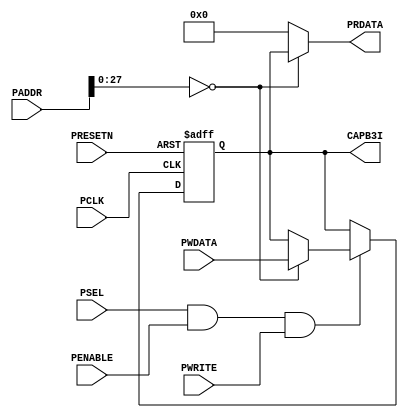
module
CAPB3O
(
PCLK
,
PRESETN
,
PENABLE
,
PSEL
,
PADDR
,
PWRITE
,
PWDATA
,
PRDATA
,
CAPB3I
)
;
parameter
[
5
:
0
]
APB_DWIDTH
=
32
;
parameter
[
5
:
0
]
MADDR_BITS
=
32
;
input
PCLK
;
input
PRESETN
;
input
PENABLE
;
input
PSEL
;
input
[
31
:
0
]
PADDR
;
input
PWRITE
;
input
[
31
:
0
]
PWDATA
;
output
[
31
:
0
]
PRDATA
;
output
[
31
:
0
]
CAPB3I
;
reg
[
31
:
0
]
PRDATA
;
reg
[
31
:
0
]
CAPB3I
;
always
@
(
posedge
PCLK
or
negedge
PRESETN
)
begin
if
(
!
PRESETN
)
begin
CAPB3I
<=
32
'b
0
;
end
else
begin
if
(
PSEL
&&
PENABLE
&&
PWRITE
)
begin
if
(
APB_DWIDTH
==
32
)
begin
if
(
PADDR
[
MADDR_BITS
-
4
-
1
:
0
]
==
{
MADDR_BITS
-
4
{
1
'b
0
}
}
)
begin
CAPB3I
<=
PWDATA
;
end
end
if
(
APB_DWIDTH
==
16
)
begin
if
(
PADDR
[
MADDR_BITS
-
4
-
1
:
4
]
==
{
MADDR_BITS
-
4
-
4
{
1
'b
0
}
}
)
begin
case
(
PADDR
[
3
:
0
]
)
4
'b
0000
:
CAPB3I
[
15
:
0
]
<=
PWDATA
[
15
:
0
]
;
4
'b
0100
:
CAPB3I
[
31
:
16
]
<=
PWDATA
[
15
:
0
]
;
4
'b
1000
:
CAPB3I
<=
CAPB3I
;
4
'b
1100
:
CAPB3I
<=
CAPB3I
;
endcase
end
end
if
(
APB_DWIDTH
==
8
)
begin
if
(
PADDR
[
MADDR_BITS
-
4
-
1
:
4
]
==
{
MADDR_BITS
-
4
-
4
{
1
'b
0
}
}
)
begin
case
(
PADDR
[
3
:
0
]
)
4
'b
0000
:
CAPB3I
[
7
:
0
]
<=
PWDATA
[
7
:
0
]
;
4
'b
0100
:
CAPB3I
[
15
:
8
]
<=
PWDATA
[
7
:
0
]
;
4
'b
1000
:
CAPB3I
[
23
:
16
]
<=
PWDATA
[
7
:
0
]
;
4
'b
1100
:
CAPB3I
[
31
:
24
]
<=
PWDATA
[
7
:
0
]
;
endcase
end
end
end
end
end
always
@(*)
begin
PRDATA
=
32
'b
0
;
if
(
APB_DWIDTH
==
32
)
begin
if
(
PADDR
[
MADDR_BITS
-
4
-
1
:
0
]
==
{
MADDR_BITS
-
4
{
1
'b
0
}
}
)
begin
PRDATA
=
CAPB3I
;
end
end
if
(
APB_DWIDTH
==
16
)
begin
if
(
PADDR
[
MADDR_BITS
-
4
-
1
:
4
]
==
{
MADDR_BITS
-
4
-
4
{
1
'b
0
}
}
)
begin
case
(
PADDR
[
3
:
0
]
)
4
'b
0000
:
PRDATA
[
15
:
0
]
=
CAPB3I
[
15
:
0
]
;
4
'b
0100
:
PRDATA
[
15
:
0
]
=
CAPB3I
[
31
:
16
]
;
4
'b
1000
:
PRDATA
=
32
'b
0
;
4
'b
1100
:
PRDATA
=
32
'b
0
;
endcase
end
end
if
(
APB_DWIDTH
==
8
)
begin
if
(
PADDR
[
MADDR_BITS
-
4
-
1
:
4
]
==
{
MADDR_BITS
-
4
-
4
{
1
'b
0
}
}
)
begin
case
(
PADDR
[
3
:
0
]
)
4
'b
0000
:
PRDATA
[
7
:
0
]
=
CAPB3I
[
7
:
0
]
;
4
'b
0100
:
PRDATA
[
7
:
0
]
=
CAPB3I
[
15
:
8
]
;
4
'b
1000
:
PRDATA
[
7
:
0
]
=
CAPB3I
[
23
:
16
]
;
4
'b
1100
:
PRDATA
[
7
:
0
]
=
CAPB3I
[
31
:
24
]
;
endcase
end
end
end
endmodule